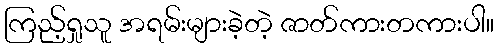
ကြည့်ရှုသူ အရမ်းများခဲ့တဲ့ ဇာတ်ကားတကားပါ။